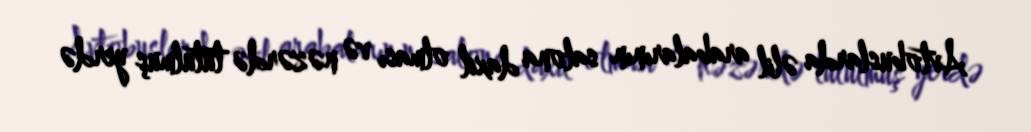
Avtobuslarda əlil arabalarının salona daxil olması və nəzərdə tutulmuş yerdə